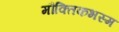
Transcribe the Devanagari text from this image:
मौक्तिकभस्म